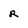
Character: r